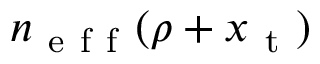
n _ { \mathrm { ~ e ~ f ~ f ~ } } ( \rho + x _ { \mathrm { ~ t ~ } } )